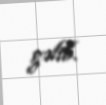
gəlib.